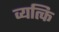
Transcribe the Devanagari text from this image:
व्यत्कि